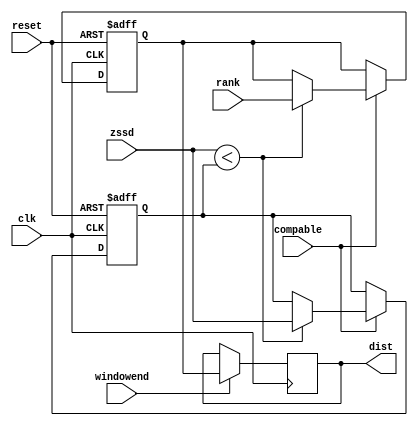
module calc_serial_comp(clk, compable, reset, rank, zssd, windowend, dist);
input clk;
input compable;
input reset;
input [5:0] rank;
input [31:0] zssd;
input windowend;
output reg [5:0] dist;

reg [5:0] current_rank;
reg [31:0] current_min_zssd;

always@(posedge clk or negedge reset)
begin
	if (reset == 0)
	begin
		current_rank <= 0;
		current_min_zssd <= 32'b11111111111111111111111111111111;
	end
	else
	begin
		if (compable == 1)
		begin
			if (zssd < current_min_zssd)
			begin
				current_rank <= rank;
				current_min_zssd <= zssd;
			end
			else
			begin
				current_rank <= current_rank;
				current_min_zssd <= current_min_zssd;
			end
		end
		else
		begin
			current_rank <= current_rank;
			current_min_zssd <= current_min_zssd;
		end
	end
end

always@(posedge clk)
begin
	if (windowend == 1)
		dist <= current_rank;
	else
		dist <= dist;
end

endmodule